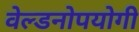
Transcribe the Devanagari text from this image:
वेल्डनोपयोगी